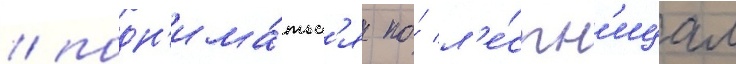
/ подн'има́тьс'я по́ л'е́стн'ицам